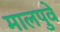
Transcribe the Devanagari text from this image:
मालपुवे